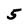
Character: 5